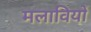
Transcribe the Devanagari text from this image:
मलावियों